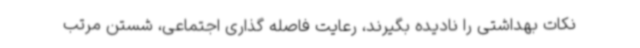
نکات بهداشتی را نادیده بگیرند، رعایت فاصله گذاری اجتماعی، شستن مرتب